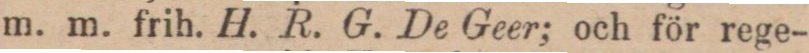
m. m. frih. H. R. G. De Geer; och för rege-